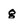
Character: g